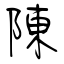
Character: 陳